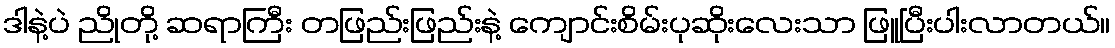
ဒါနဲ့ပဲ ညိုတို့ ဆရာကြီး တဖြည်းဖြည်းနဲ့ ကျောင်းစိမ်းပုဆိုးလေးသာ ဖြူပြီးပါးလာတယ်။